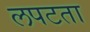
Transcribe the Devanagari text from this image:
लपटता